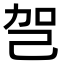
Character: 㠰